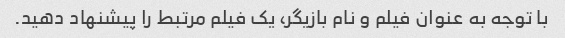
با توجه به عنوان فیلم و نام بازیگر، یک فیلم مرتبط را پیشنهاد دهید.